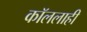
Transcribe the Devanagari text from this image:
कॉललाही